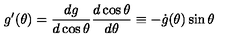
g ^ { \prime } ( \theta ) = \frac { d g } { d \cos \theta } \frac { d \cos \theta } { d \theta } \equiv - \dot { g } ( \theta ) \sin \theta